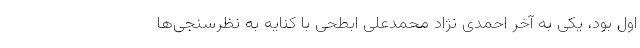
اول بود، یکی به آخر احمدی نژاد محمدعلی ابطحی با کنایه به نظرسنجی‌ها